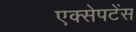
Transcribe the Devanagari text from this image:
एक्सेपटेंस